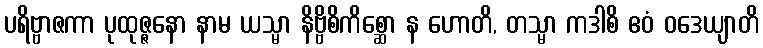
ပရိဗ္ဗာဇကာ ပုထုဇ္ဇနော နာမ ယသ္မာ နိဗ္ဗိစိကိစ္ဆော န ဟောတိ, တသ္မာ ကဒါစိ ဧဝံ ဝဒေယျာတိ